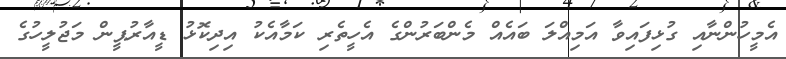
އެމީހުންނާއި ގުޅިފައިވާ އަމިއްލަ ބައެއް މެންބަރުންގެ އެހީތެރި ކަމާއެކު އިދިކޮޅު ޑީއާރުޕީން މަޖުލީހުގެ